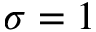
\sigma = 1